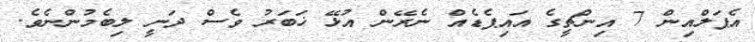
އެޕަލްއިން 7 އިންޗީގެ އައިޕެޑެއް ނެރޭން އުޅޭ ޚަބަރު ވެސް ދަނީ ލިބެމުންނެވެ.